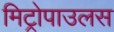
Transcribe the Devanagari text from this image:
मिट्रोपाउलस